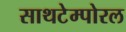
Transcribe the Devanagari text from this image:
साथटेम्पोरल